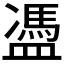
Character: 𥂳